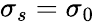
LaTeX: \sigma_{s}=\sigma_{0}